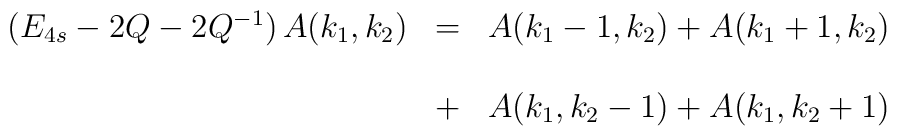
\begin{array}{lll}\left( E_{4s}-2Q-2Q^{-1}\right) A(k_{1},k_{2}) & = & A(k_{1}-1,k_{2})+A(k_{1}+1,k_{2}) \\ &  &  \\ & + & A(k_{1},k_{2}-1)+A(k_{1},k_{2}+1)\end{array}